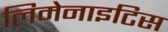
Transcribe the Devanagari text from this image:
लिमेनाइटिस